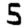
Digit: 5